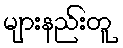
များနည်းတူ